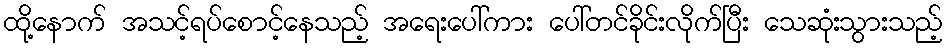
ထို့နောက် အသင့်ရပ်စောင့်နေသည့် အရေးပေါ်ကား ပေါ်တင်ခိုင်းလိုက်ပြီး သေဆုံးသွားသည့်